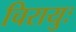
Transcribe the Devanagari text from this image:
चिरायुः